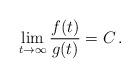
LaTeX: \begin{align*}\lim_{t \to \infty} \frac{f(t)}{g(t)} = C\, .\end{align*}